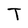
Character: T